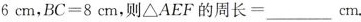
6 c m$$，$$B C = 8 c m$$，则$$Δ A E F 的 周 长 = ___ c m$$。